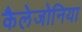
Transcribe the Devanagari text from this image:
कैलेजोनिया